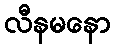
လီနမနော